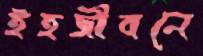
ইহজীবনে